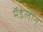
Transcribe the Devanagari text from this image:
मॅडेलीन